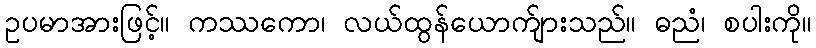
ဥပမာအားဖြင့်။ ကဿကော၊ လယ်ထွန်ယောက်ျားသည်။ ဓညံ၊ စပါးကို။